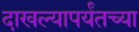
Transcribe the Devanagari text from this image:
दाखल्यापर्यंतच्या